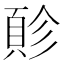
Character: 䪾